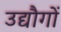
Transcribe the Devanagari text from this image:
उद्यौगों